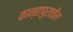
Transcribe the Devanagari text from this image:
कान्हापुरातील